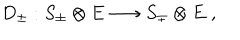
D _ { \pm } : S _ { \pm } \otimes E \longrightarrow S _ { \mp } \otimes E \; ,